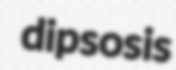
dipsosis